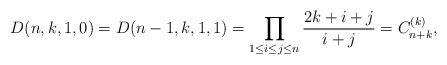
\begin{gather*} D(n,k,1,0) = D(n-1,k,1,1) = \prod_{ 1 \le i \le j \le n} {2k +i +j\over i+j} =C_{n+k}^{(k)},\end{gather*}